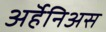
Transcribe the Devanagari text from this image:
अर्हॆनिअस